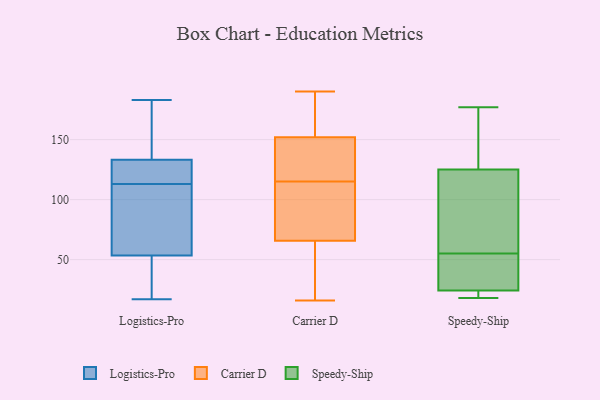
{"axis": {"x": "Bounce Rate (%)", "y": "Value"}, "legend": ["Carrier D", "Logistics-Pro", "Speedy-Ship"], "data": [{"x": "", "y": 155, "type": "Logistics-Pro"}, {"x": "", "y": 113, "type": "Logistics-Pro"}, {"x": "", "y": 103, "type": "Logistics-Pro"}, {"x": "", "y": 52, "type": "Logistics-Pro"}, {"x": "", "y": 183, "type": "Logistics-Pro"}, {"x": "", "y": 113, "type": "Logistics-Pro"}, {"x": "", "y": 54, "type": "Logistics-Pro"}, {"x": "", "y": 17, "type": "Logistics-Pro"}, {"x": "", "y": 114, "type": "Logistics-Pro"}, {"x": "", "y": 149, "type": "Logistics-Pro"}, {"x": "", "y": 128, "type": "Logistics-Pro"}, {"x": "", "y": 42, "type": "Logistics-Pro"}, {"x": "", "y": 87, "type": "Logistics-Pro"}, {"x": "", "y": 114, "type": "Carrier D"}, {"x": "", "y": 153, "type": "Carrier D"}, {"x": "", "y": 157, "type": "Carrier D"}, {"x": "", "y": 48, "type": "Carrier D"}, {"x": "", "y": 89, "type": "Carrier D"}, {"x": "", "y": 130, "type": "Carrier D"}, {"x": "", "y": 27, "type": "Carrier D"}, {"x": "", "y": 103, "type": "Carrier D"}, {"x": "", "y": 146, "type": "Carrier D"}, {"x": "", "y": 50, "type": "Carrier D"}, {"x": "", "y": 180, "type": "Carrier D"}, {"x": "", "y": 115, "type": "Carrier D"}, {"x": "", "y": 174, "type": "Carrier D"}, {"x": "", "y": 141, "type": "Carrier D"}, {"x": "", "y": 16, "type": "Carrier D"}, {"x": "", "y": 149, "type": "Carrier D"}, {"x": "", "y": 63, "type": "Carrier D"}, {"x": "", "y": 190, "type": "Carrier D"}, {"x": "", "y": 74, "type": "Carrier D"}, {"x": "", "y": 55, "type": "Speedy-Ship"}, {"x": "", "y": 31, "type": "Speedy-Ship"}, {"x": "", "y": 112, "type": "Speedy-Ship"}, {"x": "", "y": 160, "type": "Speedy-Ship"}, {"x": "", "y": 113, "type": "Speedy-Ship"}, {"x": "", "y": 97, "type": "Speedy-Ship"}, {"x": "", "y": 165, "type": "Speedy-Ship"}, {"x": "", "y": 35, "type": "Speedy-Ship"}, {"x": "", "y": 129, "type": "Speedy-Ship"}, {"x": "", "y": 21, "type": "Speedy-Ship"}, {"x": "", "y": 177, "type": "Speedy-Ship"}, {"x": "", "y": 20, "type": "Speedy-Ship"}, {"x": "", "y": 18, "type": "Speedy-Ship"}, {"x": "", "y": 52, "type": "Speedy-Ship"}, {"x": "", "y": 22, "type": "Speedy-Ship"}]}